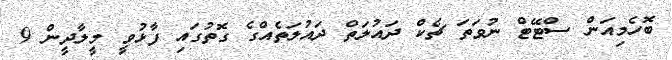
ބޮހެމިއަން ސްޓޭޓް ނުވަތަ ޗެކް ދައުލަތް ދައުލަތެެއްގެ ގޮތުގައި ފާޅުވީ މީލާދީން 9